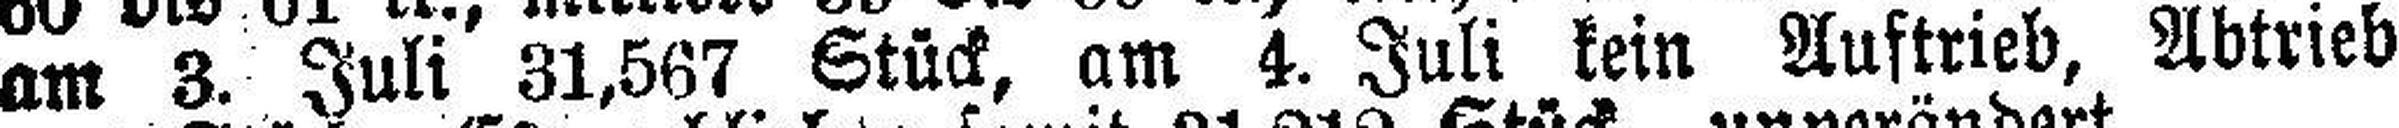
am 3. Juli 31,567 Stück, am 4. Juli kein Auftrieb, Abtrieb